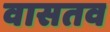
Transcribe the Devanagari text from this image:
वासतव